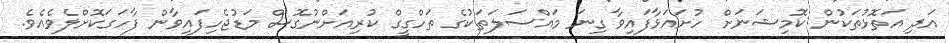
އަދި އަތޮޅުތަކުން ކޮމިޝަނަށް ހުށައަޅާފައިވާ ގިނަ މައްސަލަތަކުގެ ތަހްގީގް ކުރިއަށްނުގޮސް މަޑުޖެހިފައިވާން ފާހަގަކޮށްލެވެއެވެ.